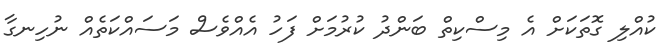
ކުއްލި ގޮތަކަށް އެ މިސްކިތް ބަންދު ކުރުމަށް ފަހު އެއްވެސް މަސައްކަތެއް ނުހިނގާ